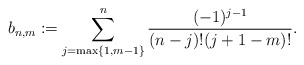
\begin{align*} b_{n,m}\coloneqq\sum_{j=\max\{1,m-1\}}^n\frac{(-1)^{j-1}}{(n-j)!(j+1-m)!}.\end{align*}